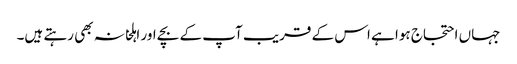
جہاں احتجاج ہوا ہے اس کے قریب آپ کے بچے اور اہلخانہ بھی رہتے ہیں۔